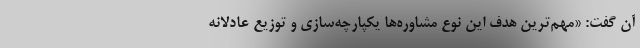
آن گفت: «مهم‌ترين هدف این نوع مشاوره‌ها يكپارچه‌سازی و توزيع عادلانه